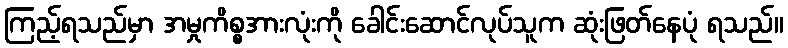
ကြည့်ရသည်မှာ အမှုကိစ္စအားလုံးကို ခေါင်းဆောင်လုပ်သူက ဆုံးဖြတ်နေပုံ ရသည်။